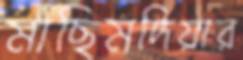
মাছিমদিয়ার